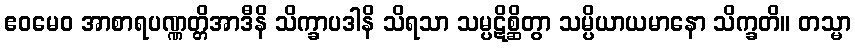
ဧဝမေဝ အာစာရပဏ္ဏတ္တိအာဒီနိ သိက္ခာပဒါနိ သိရသာ သမ္ပဋိစ္ဆိတွာ သမ္ပိယာယမာနော သိက္ခတိ။ တသ္မာ